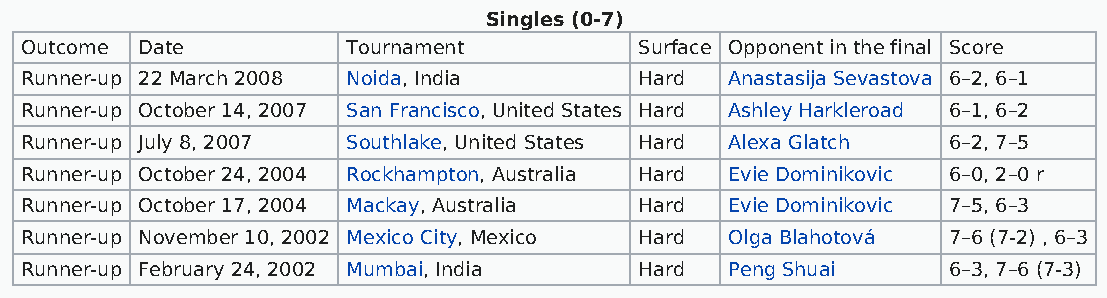
Singles (0-7)
 Outcome Date          Tournament         Surface Opponent in the final Score
 Runner-up 22 March 2008 Noida, India     Hard  Anastasija Sevastova 6–2, 6–1
 Runner-up October 14, 2007 San Francisco, United States Hard Ashley Harkleroad 6–1, 6–2
 Runner-up July 8, 2007 Southlake, United States Hard Alexa Glatch 6–2, 7–5
 Runner-up October 24, 2004 Rockhampton, Australia Hard Evie Dominikovic 6–0, 2–0 r
 Runner-up October 17, 2004 Mackay, Australia Hard Evie Dominikovic 7–5, 6–3
 Runner-up November 10, 2002 Mexico City, Mexico Hard Olga Blahotová 7–6 (7-2) , 6–3
 Runner-up February 24, 2002 Mumbai, India Hard Peng Shuai     6–3, 7–6 (7-3)